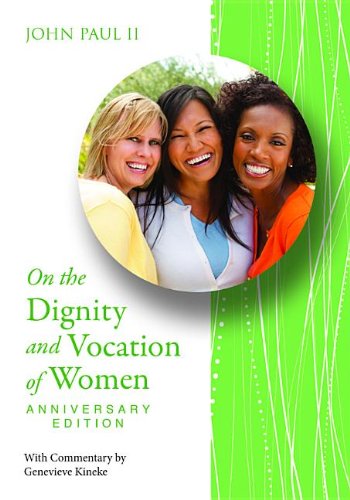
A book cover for On the Dignity and Vocation of Women; John Paul II; Christian Books & Bibles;